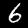
Digit: 6